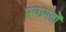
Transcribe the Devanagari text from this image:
पचायतों